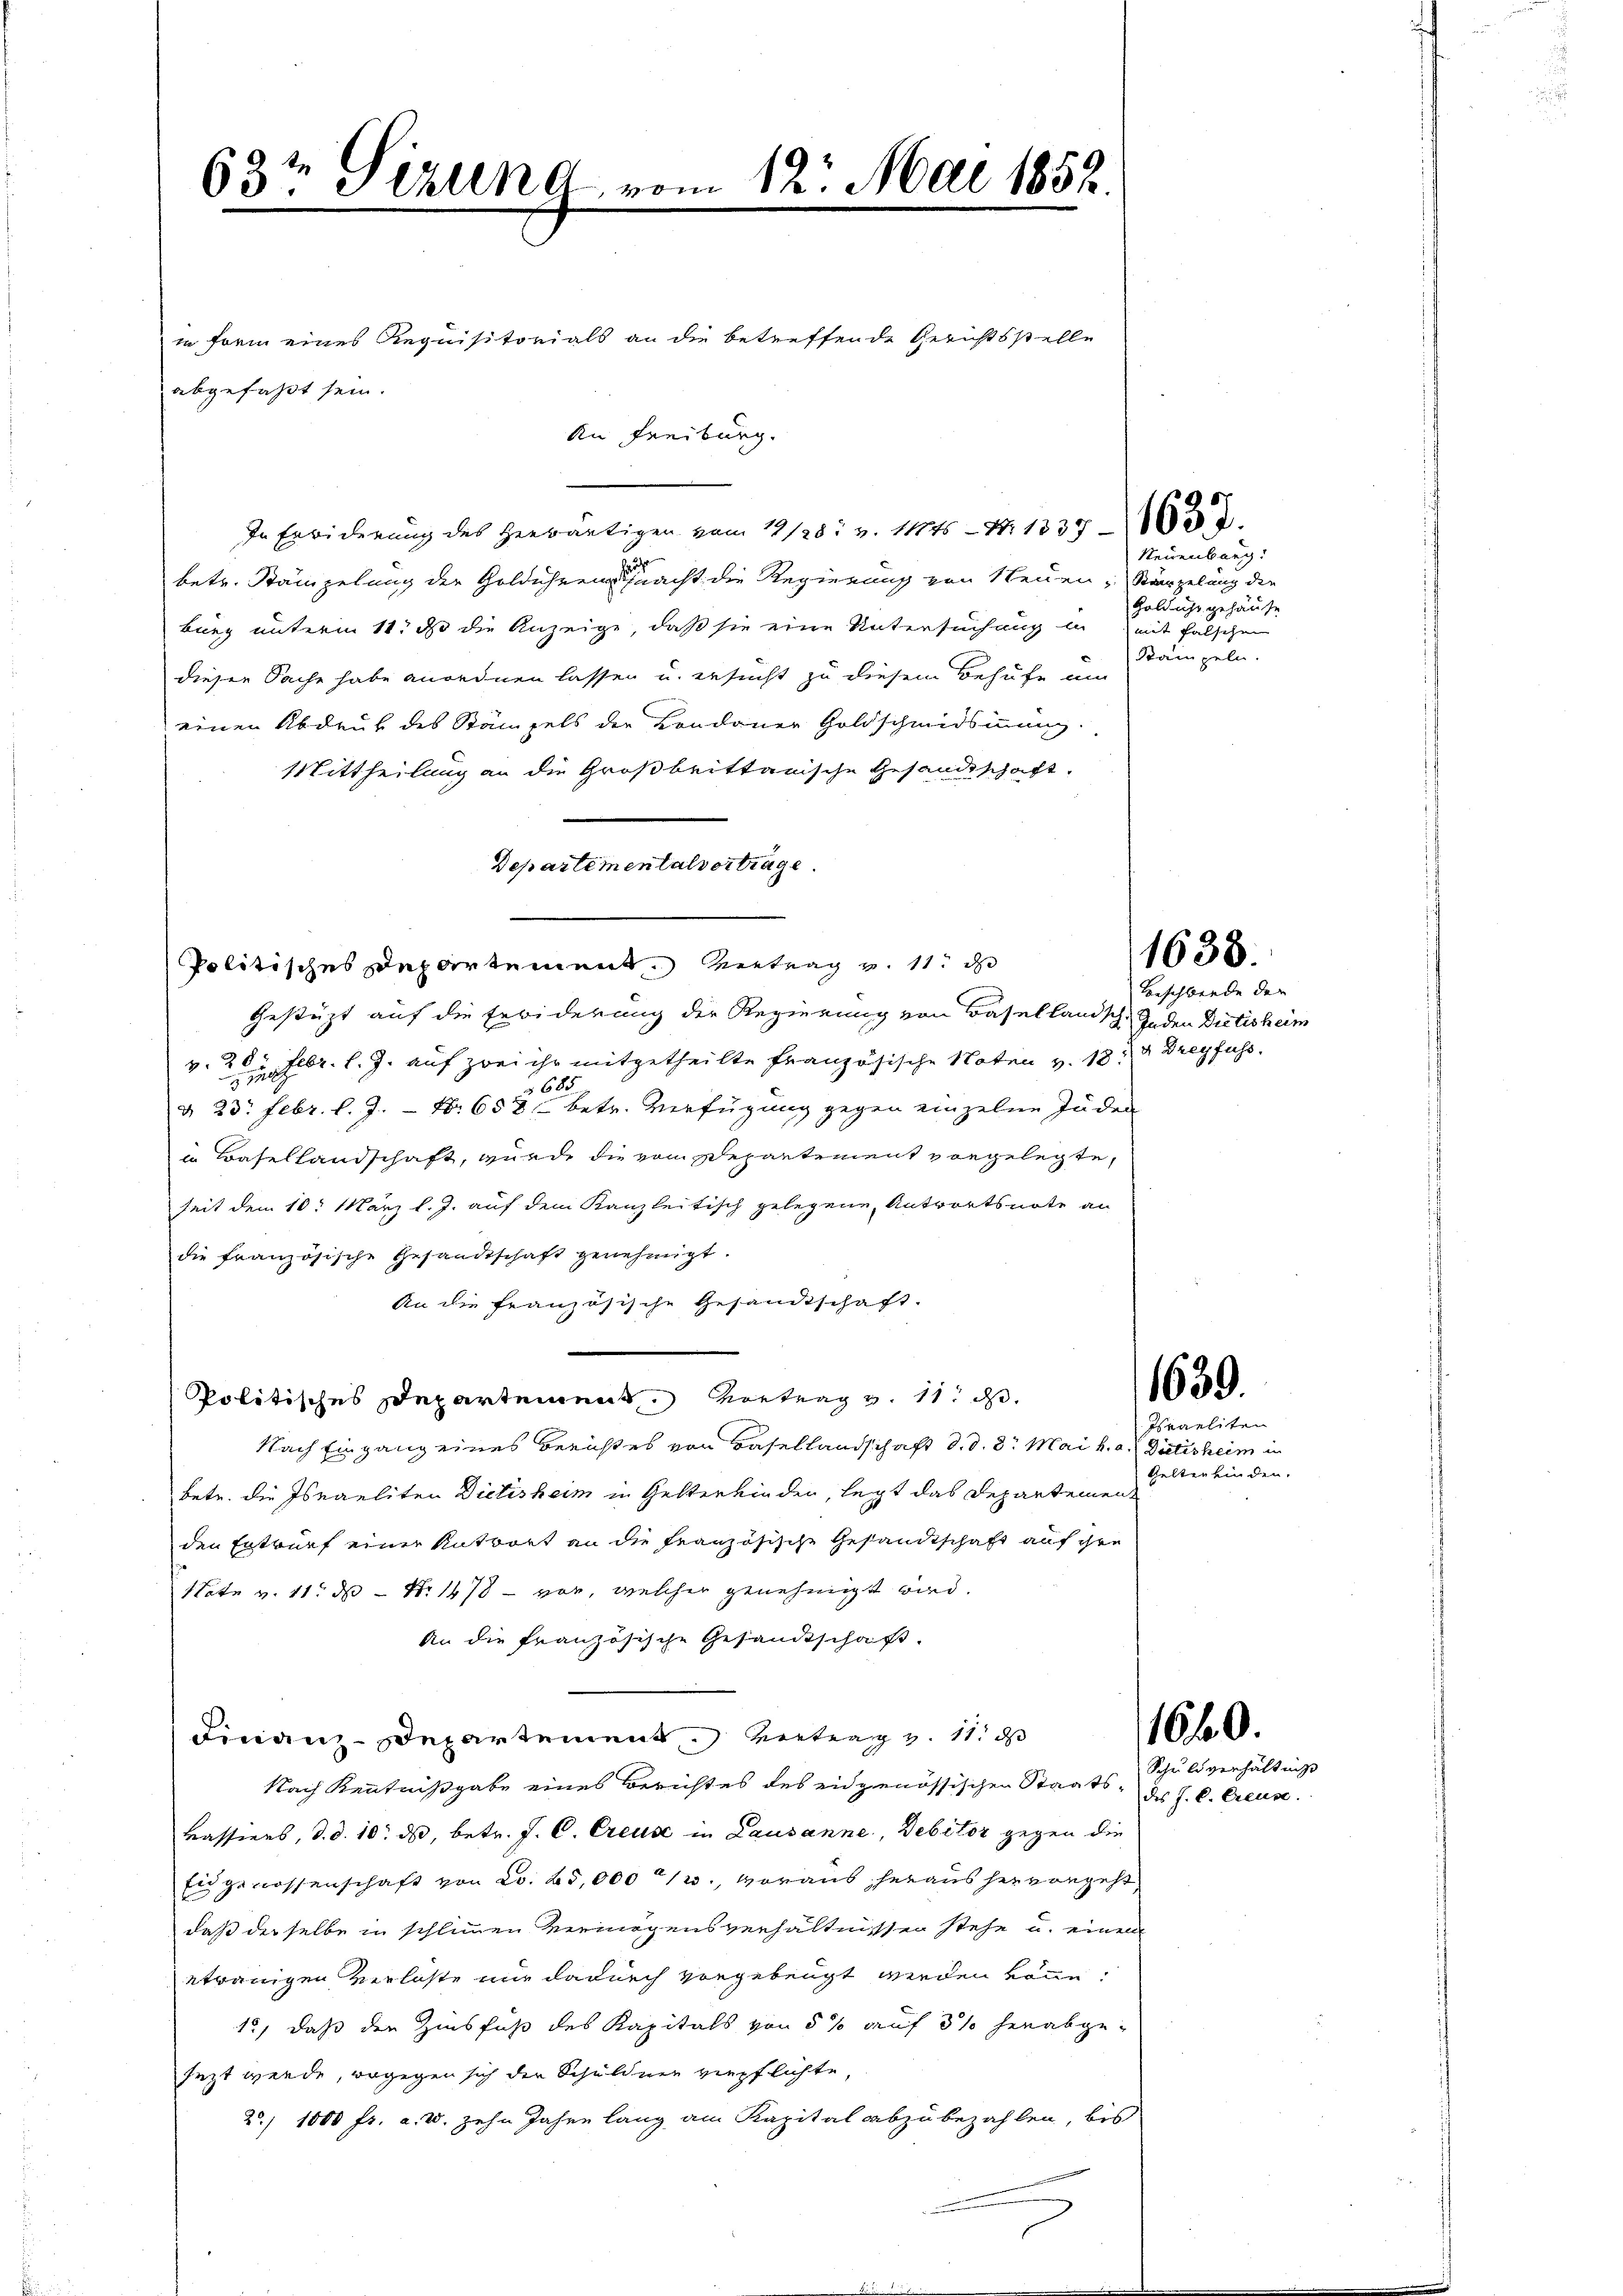
63t Sizung vom 12. Mai 1852.

in Form eines Requisitorials an die betreffende Gerichtsstelle
betr. Stämpelung der Goldühreng macht die Regierung von Neuen Stärzelung die
burg unterm 11. ds die Anzeige, daß sie eine Untersuchung in mit falschen
dieser Sache habe anordnen lassen u. ersucht zu diesem Behufe um
einen Abdruk des Stämpels der Landauer Goldschmidsinnung.
Mittheilung an die Großbrittanische Gesandtschaft,
Departementalvertrage
Politisches Departement. Vertrag v. 11. d
Gestützt auf die Erbiderung der Regierung von Basellandsch. Jeden Dictisheim
v. 26. Febr. l. J. auf zwei ihr mitgetheilte Französische Noten v. 18. Dreyfuss
d 23. Febr. l. J. Nr. 600 betr. Verfügung gegen einzelne Juden
in Basellandschaft, wurde die vom Departement vorgelegte,
seit dem 10. März l. J. auf dem Kanzleitisch gelegene Antwortsnote an
die französische Gesandtschaft genehmigt.
An die französische Gesandtschaft.
Politisches Departement. Vortrag v. 11. d.
Nach Eingang eines Berichtes von Basellandschaft d. d. 8. Mai h. a. Dietisheim in
betr. die Israeliten Dietisheim in Gelterkinden, legt das Departemen-
den Entwurf einer Antwort an die französische Gesandtschaft auf ihre
Note v. 11. ds No 1478 - vor, welcher genehmigt wird.
An die französische Gesandtschaft.
Finanz-Departement vertrag v. 11. d
Nach Kenntnißgabe eines Berichtes des eidgenössischen Staats- des J. C. Creuse.
Kassiers, d. d. 10. ds, betr. J. C. Creuse in Lausanne, Debitor gegen die
Eidgenossenschaft von Co. 25,000 /3., woraus heraus hervorgeht
daß derselbe in schlimmen Vermögensverhältnissen stehe u. einen
etwanigen Verlöste nur dadurch vorgebeugt werden könne.
1) daß den Zinsfuß des Kapitals von 5 % auf 3 % herabgesezt werde, wogegen sich der Schuldner verpflichte,
20/ 1800 fr. a. 25. zehn Jahre lang am Kapital abzubezahlen, bis

abgefaßt sein.

An Freiburg.

In Erwiderung des Herwärtigen vom 19/28. v. 1145. 1337

Neuenburg.
Goldicht gehäuse
Stämpeln.

Beschwerde der

1638.

1639.

Israeliten
Kelten finden.

1640.

Schuldverhältnis